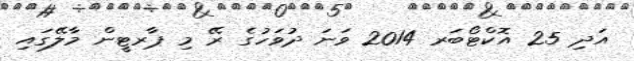
އަދި 25 އޮކްޓޯބަރ 2014 ވަނަ ދުވަހުގެ ރޭ މި ޕާރޓީން މާލޭގައި